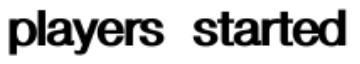
players started